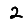
Digit: 2